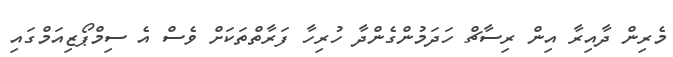
މެރިން ދާއިރާ އިން ރިސާޗް ހަދަމުންގެންދާ ހުރިހާ ފަރާތްތަކަށް ވެސް އެ ސިމްޕޯޒިއަމްގައި